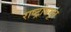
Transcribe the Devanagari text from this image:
राष्ट्रामधून